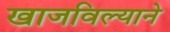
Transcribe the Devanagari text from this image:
खाजविल्याने